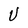
Character: U